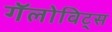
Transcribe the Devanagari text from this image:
गॅलोविट्स